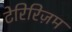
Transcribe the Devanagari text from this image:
टेरिरिज़म